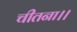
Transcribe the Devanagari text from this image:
चीतना।।